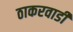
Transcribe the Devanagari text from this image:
ठाकरवाडी